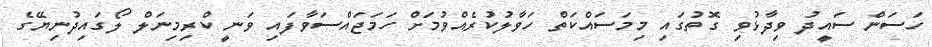
ހަސަން ސައީދު ވިދާޅުވި ގޮތުގައި މިމަސައްކަތް ހަވާލުކުރެއްވުމަށް ހަމަޖައްސަވާފައި ވަނީ ކްރިމިނަލް ލޯގައިދުނިޔޭގެ